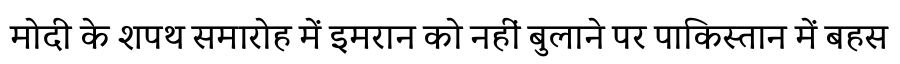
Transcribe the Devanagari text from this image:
मोदी के शपथ समारोह में इमरान को नहीं बुलाने पर पाकिस्तान में बहस